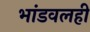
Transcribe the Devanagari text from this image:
भांडवलही